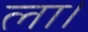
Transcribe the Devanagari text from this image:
ला।